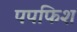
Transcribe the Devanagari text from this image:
पपफिश